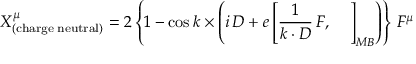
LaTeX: X _ { \mathrm { ( c h a r g e \; n e u t r a l ) } } ^ { \mu } = 2 \left\{ 1 - \cos k \times \left( i \, D + e \left[ \frac { 1 } { k \cdot D } \, F , \; \; \; \; \right] _ { M B } \right) \right\} \, F ^ { \mu }